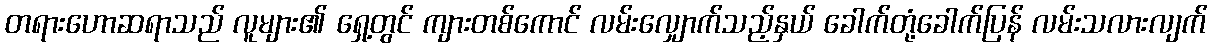
တရားဟောဆရာသည် လူများ၏ ရှေ့တွင် ကျားတစ်ကောင် လမ်းလျှောက်သည့်နှယ် ခေါက်တုံ့ခေါက်ပြန် လမ်းသလားလျက်